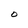
Character: O